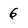
Character: 6